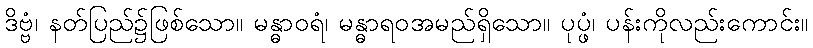
ဒိဗ္ဗံ၊ နတ်ပြည်၌ဖြစ်သော။ မန္ဓာဝရံ၊ မန္ဓာရဝအမည်ရှိသော။ ပုပ္ဖံ၊ ပန်းကိုလည်းကောင်း။